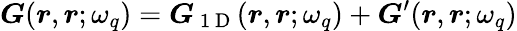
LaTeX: \boldsymbol{G}(\boldsymbol{r},\boldsymbol{r};\omega_{q})=\boldsymbol{G}_{\mathrm{~1~D~}}(\boldsymbol{r},\boldsymbol{r};\omega_{q})+\boldsymbol{G}^{\prime}(\boldsymbol{r},\boldsymbol{r};\omega_{q})